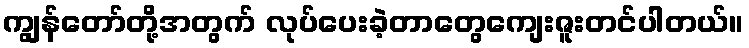
ကျွန်တော်တို့အတွက် လုပ်ပေးခဲ့တာတွေကျေးဇူးတင်ပါတယ်။